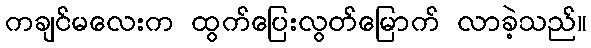
ကချင်မလေးက ထွက်ပြေးလွတ်မြောက် လာခဲ့သည်။